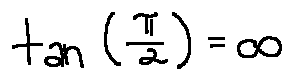
\tan ( \frac { \pi } { 2 } ) = \infty